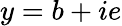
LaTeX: y=b+ie